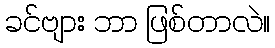
ခင်ဗျား ဘာ ဖြစ်တာလဲ။